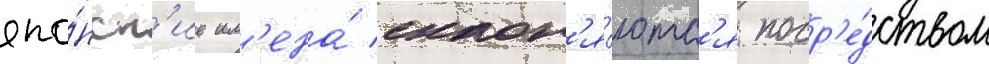
япо́нск'ие им'ена́ склон'я́ютс'я поср'е́дством